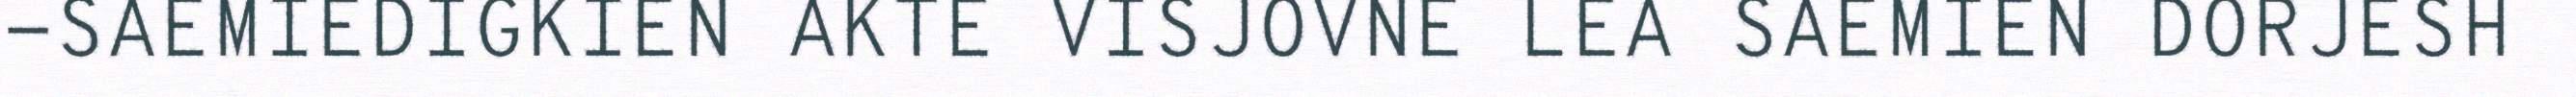
-SAEMIEDIGKIEN AKTE VISJOVNE LEA SAEMIEN DORJESH